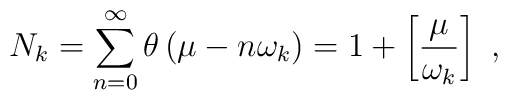
N_{k}=\sum_{n=0}^{\infty }\theta \left( \mu -n\omega _{k}\right) =1+\left[ \frac{\mu }{\omega _{k}}\right] \,\,,